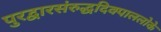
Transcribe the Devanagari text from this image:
पुरद्वारसंरुद्धदिक्पाललोके